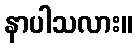
နာပါသလား။